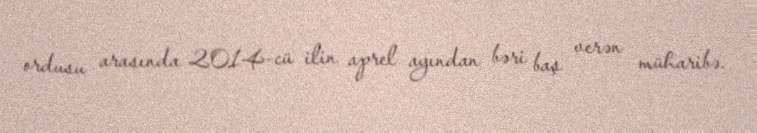
ordusu arasında 2014-cü ilin aprel ayından bəri baş verən müharibə.